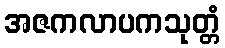
အဇကလာပကသုတ္တံ